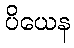
ပိယေန